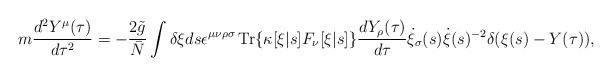
\begin{align*}m \frac{d^2Y^\mu(\tau)}{d\tau^2} = - \frac{2 \tilde{g}}{\bar{N}} \int \delta \xi ds \epsilon^{\mu\nu\rho\sigma} \,\mbox{\rm Tr}\{\kappa[\xi|s] F_\nu[\xi|s] \} \frac{dY_\rho(\tau)}{d\tau} \dot{\xi}_\sigma(s) \dot{\xi}(s)^{-2} \delta(\xi(s)-Y(\tau)),\end{align*}